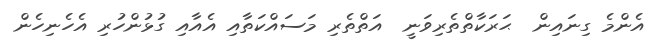
އެންމެ ގިނައިން  ޙަރަކާތްތެރިވަނީ  އަތްތެރި މަސައްކަތާއި އެއާއި ގުޅުންހުރި އެހެނިހެން